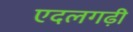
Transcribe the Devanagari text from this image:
एदलगढ़ी